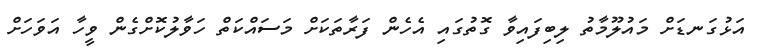
އަޅުގަނޑަށް މައުލޫމާތު ލިބިފައިވާ ގޮތުގައި އެހެން ފަރާތަކަށް މަސައްކަތް ހަވާލުކޮށްގެން ވީހާ އަވަހަށް